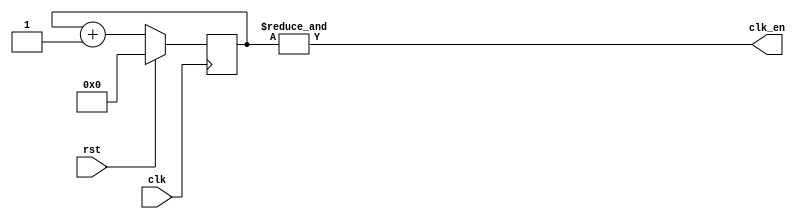
`timescale 1ns / 1ps
//////////////////////////////////////////////////////////////////////////////////
// Company: 
// Engineer: 
// 
// Design Name: 
// Module Name: clk_div
// Project Name: 
// Target Devices: 
// Tool Versions: 
// Description: 
// 
// Dependencies: 
// 
// Revision:
// Revision 0.01 - File Created
// Additional Comments:
// 
//////////////////////////////////////////////////////////////////////////////////


module clk_div(input clk, input rst, output clk_en);
    reg [24:0] clk_count;
    always @ (posedge clk)
    // posedge defines a rising edge (transition from 0 to 1)
    begin
        if (rst)
            clk_count <= 0;
        else
            clk_count <= clk_count + 1;
    end
    assign clk_en = &clk_count;
endmodule